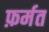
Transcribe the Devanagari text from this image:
फ़र्मत